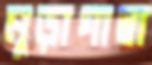
মুড়াগাছা